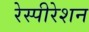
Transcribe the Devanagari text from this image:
रेस्पीरेशन